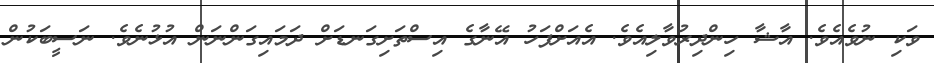
ވަކި ނުވެއެވެ. އާޝާ ހިންދިރުވާލިއެވެ. އެއަށްފަހު އޭނާގެ އިސްތަށިގަނޑަށް ދަމައިގަންނަން އުޅުނެވެ. ނަސީބަކުން